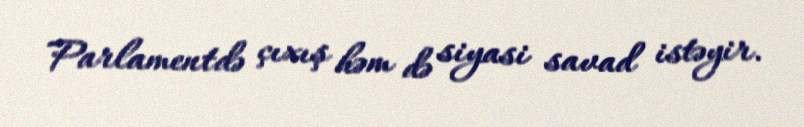
Parlamentdə çıxış həm də siyasi savad istəyir.